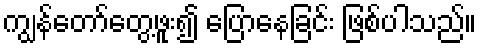
ကျွန်တော်တွေ့ဖူး၍ ပြောနေခြင်း ဖြစ်ပါသည်။